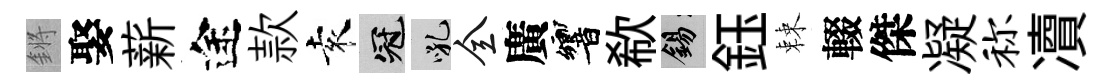
鏘娶薪途款袁冠吼全廣響欷錫鈺棘輟傑凝称凟